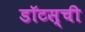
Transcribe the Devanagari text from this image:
डॉटस्‌ची